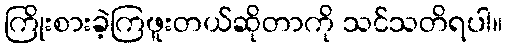
ကြိုးစားခဲ့ကြဖူးတယ်ဆိုတာကို သင်သတိရပါ။